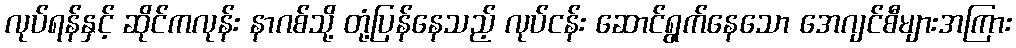
လုပ်ရန်နှင့် ဆိုင်ကလုန်း နာဂစ်သို့ တုံ့ပြန်နေသည့် လုပ်ငန်း ဆောင်ရွက်နေသော အေဂျင်စီများအကြား